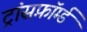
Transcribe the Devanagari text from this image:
ट्रांसफ़ॉर्म्ड